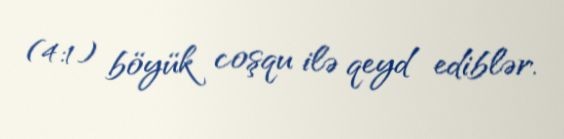
(4:1) böyük coşqu ilə qeyd ediblər.